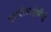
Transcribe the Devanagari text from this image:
एसपीआईसीई